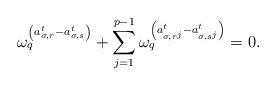
LaTeX: \begin{align*} \omega_q^{\left(a^t_{\sigma, r}-a^t_{\sigma, s} \right)}+\sum_{j=1}^{p-1} \omega_q^{\left(a^t_{\sigma, r^j}-a^t_{\sigma, s^j}\right)}=0.\end{align*}